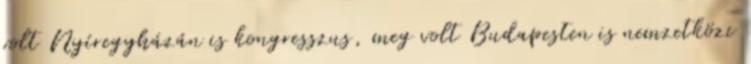
volt Nyíregyházán is kongresszus, meg volt Budapesten is nemzetközi